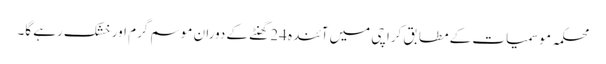
محکمہ موسمیات کے مطابق کراچی میں آئندہ 24 گھنٹے کے دوران موسم گرم اور خشک رہے گا۔